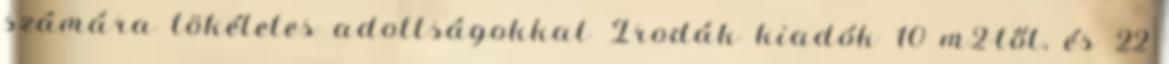
számára tökéletes adottságokkal Irodák kiadók 10 m2-től, és 22